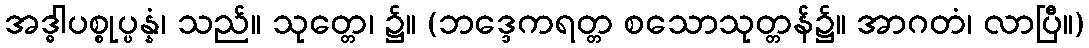
အဒ္ဓါပစ္စုပ္ပန္နံ၊ သည်။ သုတ္တေ၊ ၌။ (ဘဒ္ဒေကရတ္တ စသောသုတ္တန်၌။ အာဂတံ၊ လာပြီ။)